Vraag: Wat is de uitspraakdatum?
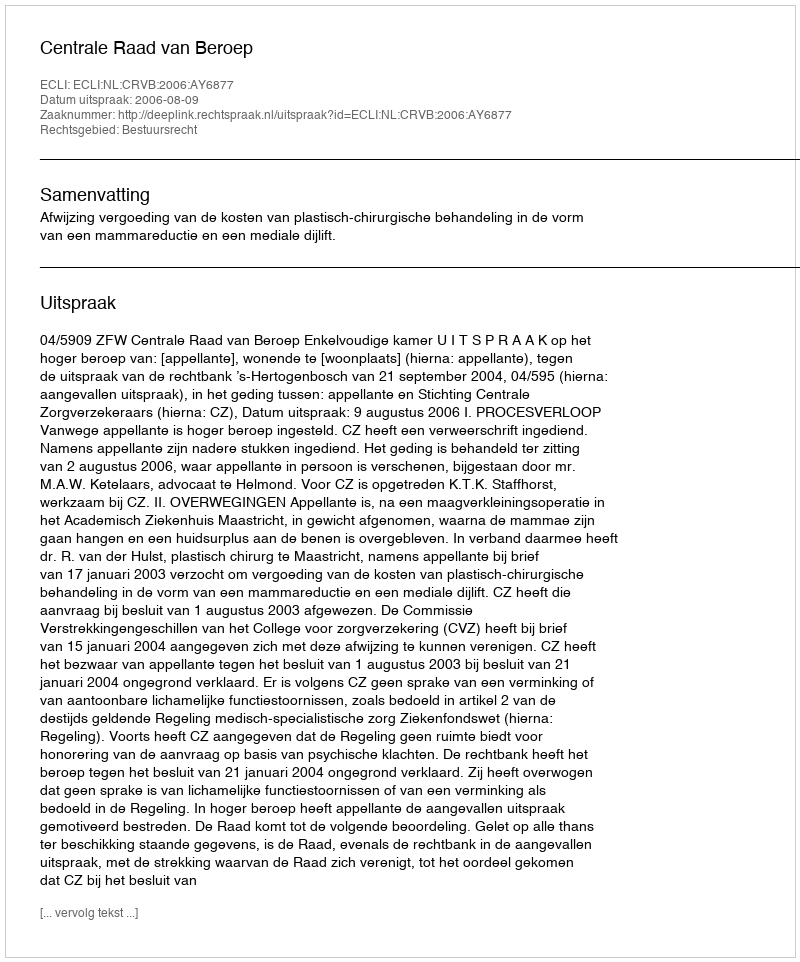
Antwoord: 2006-08-09